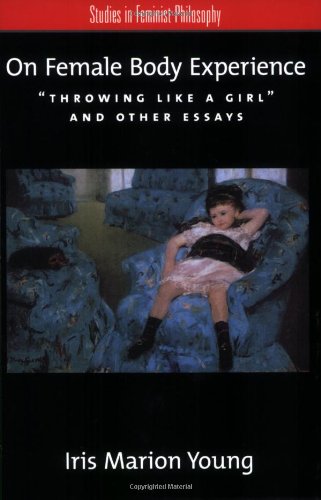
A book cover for On Female Body Experience: "Throwing Like a Girl" and Other Essays (Studies in Feminist Philosophy); Iris Marion Young; Gay & Lesbian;